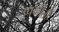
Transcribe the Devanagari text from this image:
उपगीती